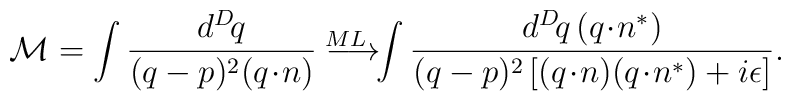
{\cal M} = \int \frac{d^D\! q}{(q-p)^2 (q\!\cdot\! n)} \longrightarrow^{\!\!\!\!\!\!\!\!\!\!\!\!\!\! ML} \int \frac{d^D\! q \, (q\!\cdot\!n^*)}{(q-p)^2 \left[(q\!\cdot\! n) (q\!\cdot\! n^*) +i\epsilon\right]}.